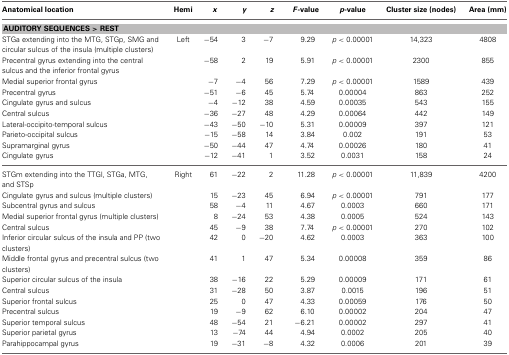
<table><thead><tr><td><b>Anatomical location</b></td><td><b>Hemi</b></td><td><b><i>x</i></b></td><td><b><i>y</i></b></td><td><b><i>z</i></b></td><td><b><i>F</i>-value</b></td><td><b><i>p</i>-value</b></td><td><b>Cluster size (nodes)</b></td><td><b>Area (mm)</b></td></tr></thead><tbody><tr><td colspan="9"><b>AUDITORY SEQUENCES &gt; REST</b></td></tr><tr><td>STGa extending into the MTG, STGp, SMG and circular sulcus of the insula (multiple clusters)</td><td>Left</td><td>−54</td><td>3</td><td>−7</td><td>9.29</td><td><i>p</i> &lt; 0.00001</td><td>14,323</td><td>4808</td></tr><tr><td>Precentral gyrus extending into the central sulcus and the inferior frontal gyrus</td><td></td><td>−58</td><td>2</td><td>19</td><td>5.91</td><td><i>p</i> &lt; 0.00001</td><td>2300</td><td>855</td></tr><tr><td>Medial superior frontal gyrus</td><td></td><td>−7</td><td>−4</td><td>56</td><td>7.29</td><td><i>p</i> &lt; 0.00001</td><td>1589</td><td>439</td></tr><tr><td>Precentral gyrus</td><td></td><td>−51</td><td>−6</td><td>45</td><td>5.74</td><td>0.00004</td><td>863</td><td>252</td></tr><tr><td>Cingulate gyrus and sulcus</td><td></td><td>−4</td><td>−12</td><td>38</td><td>4.59</td><td>0.00035</td><td>543</td><td>155</td></tr><tr><td>Central sulcus</td><td></td><td>−36</td><td>−27</td><td>48</td><td>4.29</td><td>0.00064</td><td>442</td><td>149</td></tr><tr><td>Lateral-occipito-temporal sulcus</td><td></td><td>−43</td><td>−50</td><td>−10</td><td>5.31</td><td>0.00009</td><td>397</td><td>121</td></tr><tr><td>Parieto-occipital sulcus</td><td></td><td>−15</td><td>−58</td><td>14</td><td>3.84</td><td>0.002</td><td>191</td><td>53</td></tr><tr><td>Supramarginal gyrus</td><td></td><td>−50</td><td>−44</td><td>47</td><td>4.74</td><td>0.00026</td><td>180</td><td>41</td></tr><tr><td>Cingulate gyrus</td><td></td><td>−12</td><td>−41</td><td>1</td><td>3.52</td><td>0.0031</td><td>158</td><td>24</td></tr><tr><td>STGm extending into the TTGl, STGa, MTG, and STSp</td><td>Right</td><td>61</td><td>−22</td><td>2</td><td>11.28</td><td><i>p</i> &lt; 0.00001</td><td>11,839</td><td>4200</td></tr><tr><td>Cingulate gyrus and sulcus (multiple clusters)</td><td></td><td>15</td><td>−23</td><td>45</td><td>6.94</td><td><i>p</i> &lt; 0.00001</td><td>791</td><td>177</td></tr><tr><td>Subcentral gyrus and sulcus</td><td></td><td>58</td><td>−4</td><td>11</td><td>4.67</td><td>0.0003</td><td>660</td><td>171</td></tr><tr><td>Medial superior frontal gyrus (multiple clusters)</td><td></td><td>8</td><td>−24</td><td>53</td><td>4.38</td><td>0.0005</td><td>524</td><td>143</td></tr><tr><td>Central sulcus</td><td></td><td>45</td><td>−9</td><td>38</td><td>7.74</td><td><i>p</i> &lt; 0.00001</td><td>270</td><td>102</td></tr><tr><td>Inferior circular sulcus of the insula and PP (two clusters)</td><td></td><td>42</td><td>0</td><td>−20</td><td>4.62</td><td>0.0003</td><td>363</td><td>100</td></tr><tr><td>Middle frontal gyrus and precentral sulcus (two clusters)</td><td></td><td>41</td><td>1</td><td>47</td><td>5.34</td><td>0.00008</td><td>359</td><td>86</td></tr><tr><td>Superior circular sulcus of the insula</td><td></td><td>38</td><td>−16</td><td>22</td><td>5.29</td><td>0.00009</td><td>171</td><td>61</td></tr><tr><td>Central sulcus</td><td></td><td>31</td><td>−28</td><td>50</td><td>3.87</td><td>0.0015</td><td>196</td><td>51</td></tr><tr><td>Superior frontal sulcus</td><td></td><td>25</td><td>0</td><td>47</td><td>4.33</td><td>0.00059</td><td>176</td><td>50</td></tr><tr><td>Precentral sulcus</td><td></td><td>19</td><td>−9</td><td>62</td><td>6.10</td><td>0.00002</td><td>204</td><td>47</td></tr><tr><td>Superior temporal sulcus</td><td></td><td>48</td><td>−54</td><td>21</td><td>−6.21</td><td>0.00002</td><td>297</td><td>41</td></tr><tr><td>Superior parietal gyrus</td><td></td><td>13</td><td>−74</td><td>44</td><td>4.94</td><td>0.0002</td><td>205</td><td>40</td></tr><tr><td>Parahippocampal gyrus</td><td></td><td>19</td><td>−31</td><td>−8</td><td>4.32</td><td>0.0006</td><td>201</td><td>39</td></tr></tbody></table>